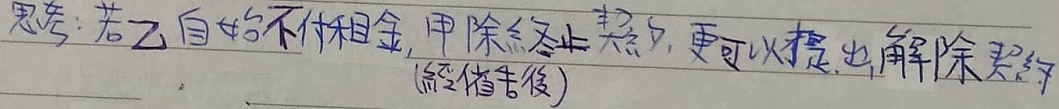
思考：若乙自始不付租金，甲除终止契约，更可以提出解除契约（疑义者注）